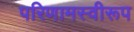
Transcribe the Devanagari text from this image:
परिणामस्वीरूप